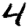
Digit: 4